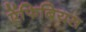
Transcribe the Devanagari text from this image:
ऐंफिबियस